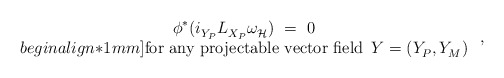
\begin{align*} \begin{array}{c} \phi^* (i_{Y_P}^{} L_{X_P}^{} \omega_{\mathcal{H}}^{\vphantom{j}})~=~0 \\begin{align*}1mm] \mbox{for any projectable vector field $\, Y = (Y_P^{},Y_M^{})$} \end{array}~,\end{align*}